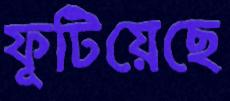
ফূটিয়েছে